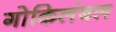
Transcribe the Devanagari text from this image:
गोकिलंबल